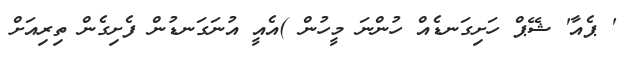
' ޕެއާ' ޝޭޕް ހަށިގަނޑެއް ހުންނަ މީހުން )އެއީ އުނަގަނޑުން ފެށިގެން ތިރިއަށް